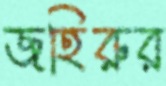
জহিরুর